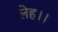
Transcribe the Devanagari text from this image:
लेह।।